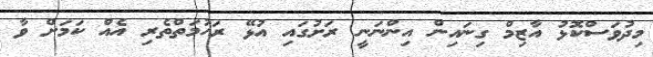
މިދުވަސްކޮޅު އާޒިމް ގިނައިން އިންނަނީ ރަށުގައި އުޅޭ ރަހުމަތްތެރި އެއް ކަމަށް ވާ